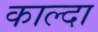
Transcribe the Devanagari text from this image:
काल्दा